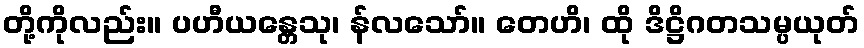
တို့ကိုလည်း။ ပဟီယန္တေသု၊ န်လသော်။ တေဟိ၊ ထို ဒိဋ္ဌိဂတသမ္ပယုတ်